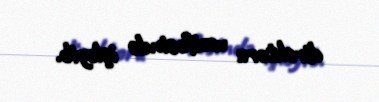
direktoru vəzifəsində işləyib.